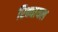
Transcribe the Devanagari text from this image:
रिक्वायल